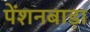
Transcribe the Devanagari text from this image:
पेंशनबाड़ा